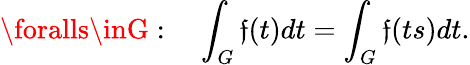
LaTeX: \foralls\inG:\quad\int_{G}\mathfrak{f}(t)dt=\int_{G}\mathfrak{f}(ts)dt.